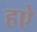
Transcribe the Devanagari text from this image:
हऐ